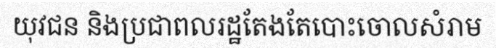
យុវជន និងប្រជាពលរដ្ឋតែងតែបោះចោលសំរាម